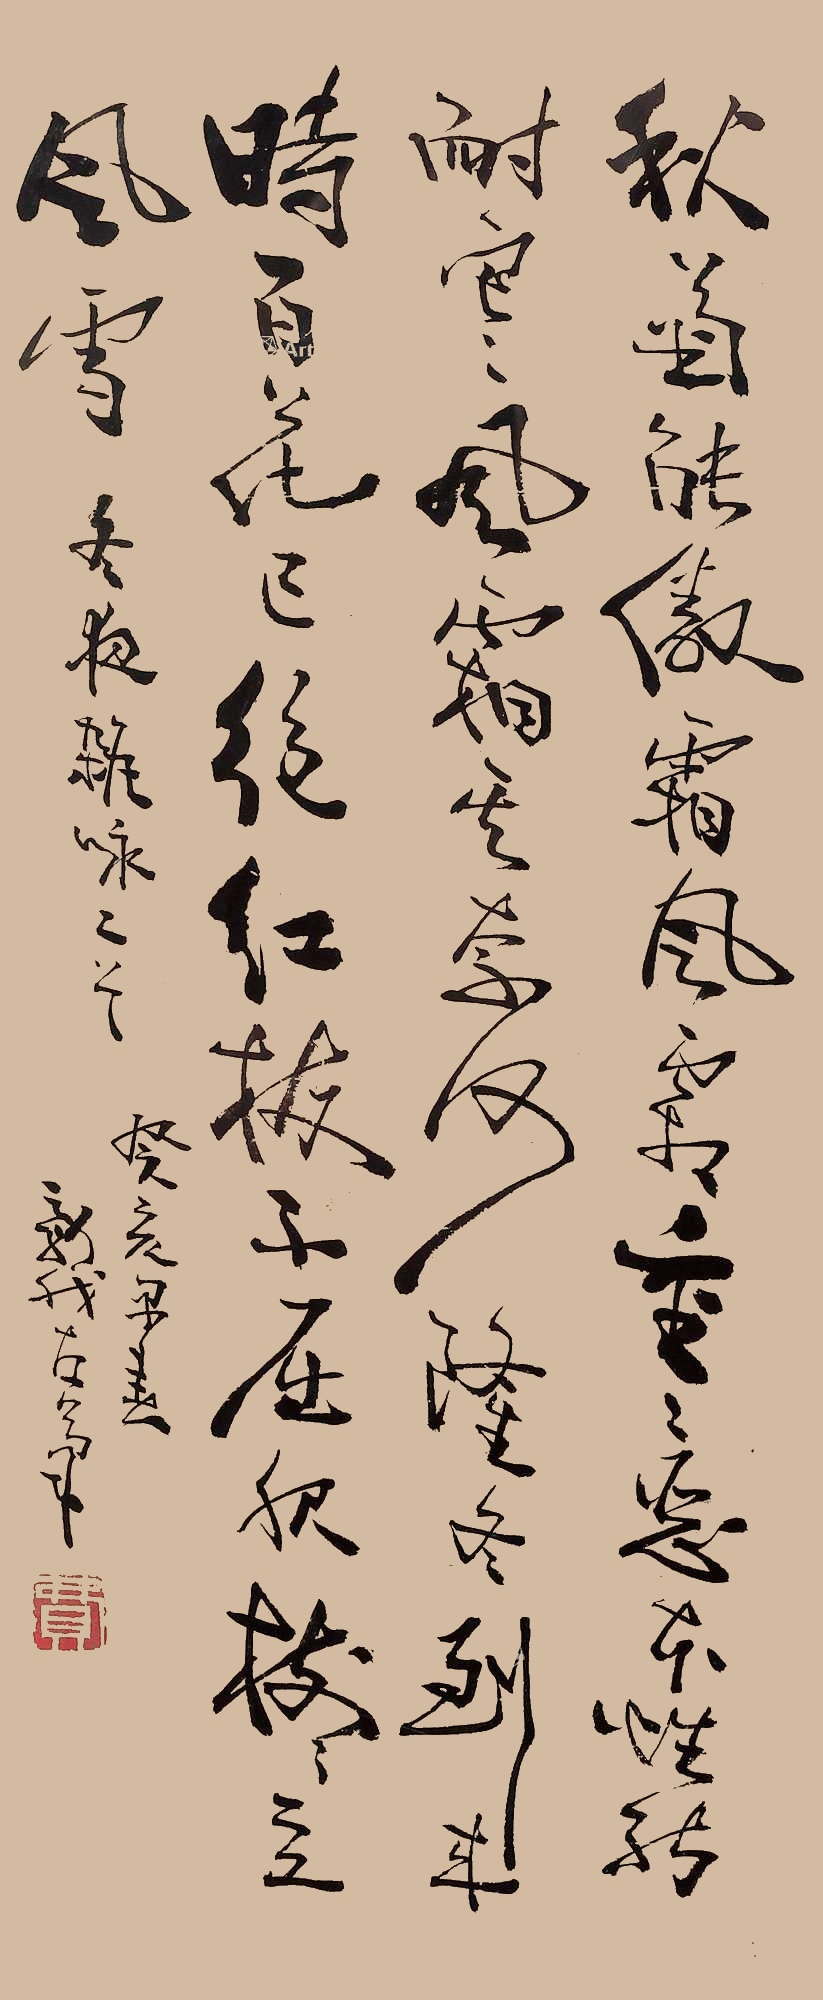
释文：秋菊能熬霜，风霜重重恶，本性能耐寒，风霜其奈何，隆冬到来时，百花迹已绝，红梅不屈服，处处立风雪。冬夜杂咏二首，癸亥之春，新我左笔。